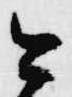
公